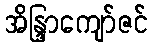
အိန္ဒြာကျော်ဇင်